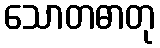
သောတဓာတု